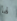
لها